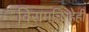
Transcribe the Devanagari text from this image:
विरामचिन्हेही